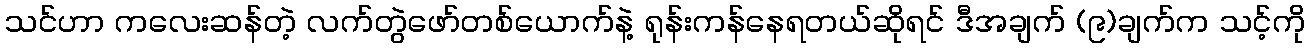
သင်ဟာ ကလေးဆန်တဲ့ လက်တွဲဖော်တစ်ယောက်နဲ့ ရုန်းကန်နေရတယ်ဆိုရင် ဒီအချက် (၉)ချက်က သင့်ကို